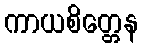
ကာယစိတ္တေန